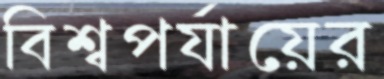
বিশ্বপর্যায়ের